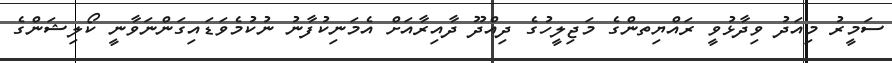
ސަމީރު މިއަދު ވިދާޅުވީ ރައްޔިތންގެ މަޖިލީހުގެ ދިއްދޫ ދާއިރާއަށް އެމަނިކުފާނު ނުކުމެވަޑައިގަންނަވާނީ ކޯލިޝަންގެ